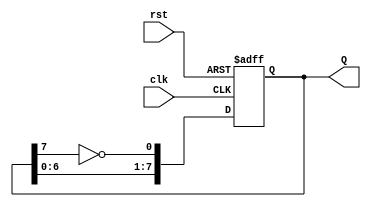
module johnson_counter (
    input wire clk,      // Clock signal
    input wire rst,      // Asynchronous reset signal
    output reg [7:0] Q   // 8-bit output representing the counter state
);

    // Always block triggered on the rising edge of the clock or the reset signal
    always @(posedge clk or posedge rst) begin
        if (rst) begin
            // Reset the counter to 00000000
            Q <= 8'b00000000;
        end else begin
            // Johnson counter logic
            Q <= {Q[6:0], ~Q[7]}; // Shift left and feed back inverted last bit
        end
    end

endmodule